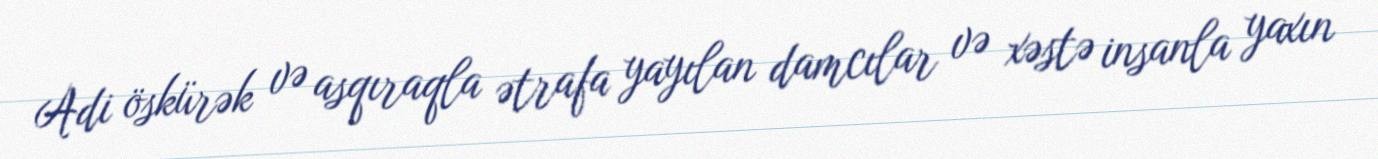
Adi öskürək və asqıraqla ətrafa yayılan damcılar və xəstə insanla yaxın